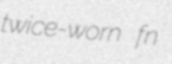
twice-worn fn